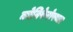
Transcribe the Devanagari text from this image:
कोनिफेरोफ्यता